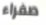
صفراء